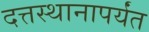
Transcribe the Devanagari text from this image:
दत्तस्थानापर्यंत